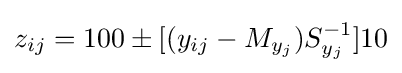
z_{ij}=100\pm [(y_{ij}-M_{y_{j}})S_{y_{j}}^{-1}]10